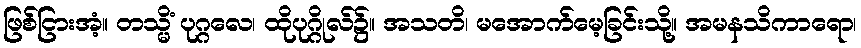
ဖြစ်ငြားအံ့။ တသ္မိံ ပုဂ္ဂလေ၊ ထိုပုဂ္ဂိုလ်၌။ အသတိ၊ မအောက်မေ့ခြင်းသို့။ အမနသိကာရော၊